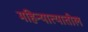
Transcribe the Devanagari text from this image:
महिन्यात्यातील